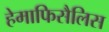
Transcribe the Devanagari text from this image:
हेमाफिसैलिस